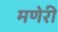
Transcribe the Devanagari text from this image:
मणेरी